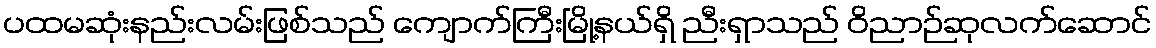
ပထမဆုံးနည်းလမ်းဖြစ်သည် ကျောက်ကြီးမြို့နယ်ရှိ ညီးရှာသည် ဝိညာဉ်ဆုလက်ဆောင်